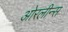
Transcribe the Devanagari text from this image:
ओरलीन्स